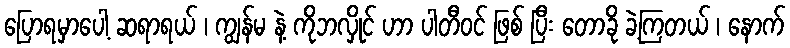
ပြောရမှာပေါ့ ဆရာရယ် ၊ ကျွန်မ နဲ့ ကိုဘလှိုင် ဟာ ပါတီဝင် ဖြစ် ပြီး တောခို ခဲ့ကြတယ် ၊ နောက်